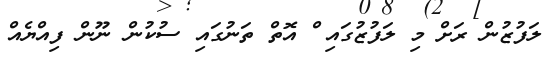
ލަފުޒުން ރަށް މި ލަފުޒުގައި ް އޮތް ތަނުގައި ސުކުން ނޫން ފިއްޔެއް